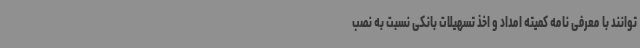
توانند با معرفی نامه کمیته امداد و اخذ تسهیلات بانکی نسبت به نصب